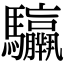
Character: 𩧣